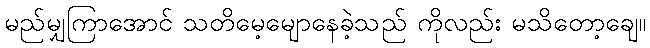
မည်မျှကြာအောင် သတိမေ့မျောနေခဲ့သည် ကိုလည်း မသိတော့ချေ။